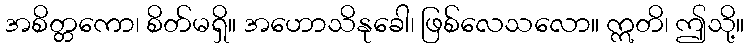
အစိတ္တကော၊ စိတ်မရှိ။ အဟောသိနုခေါ၊ ဖြစ်လေသလော။ ဣတိ၊ ဤသို့။